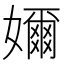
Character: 嬭